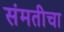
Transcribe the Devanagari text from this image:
संमतीचा